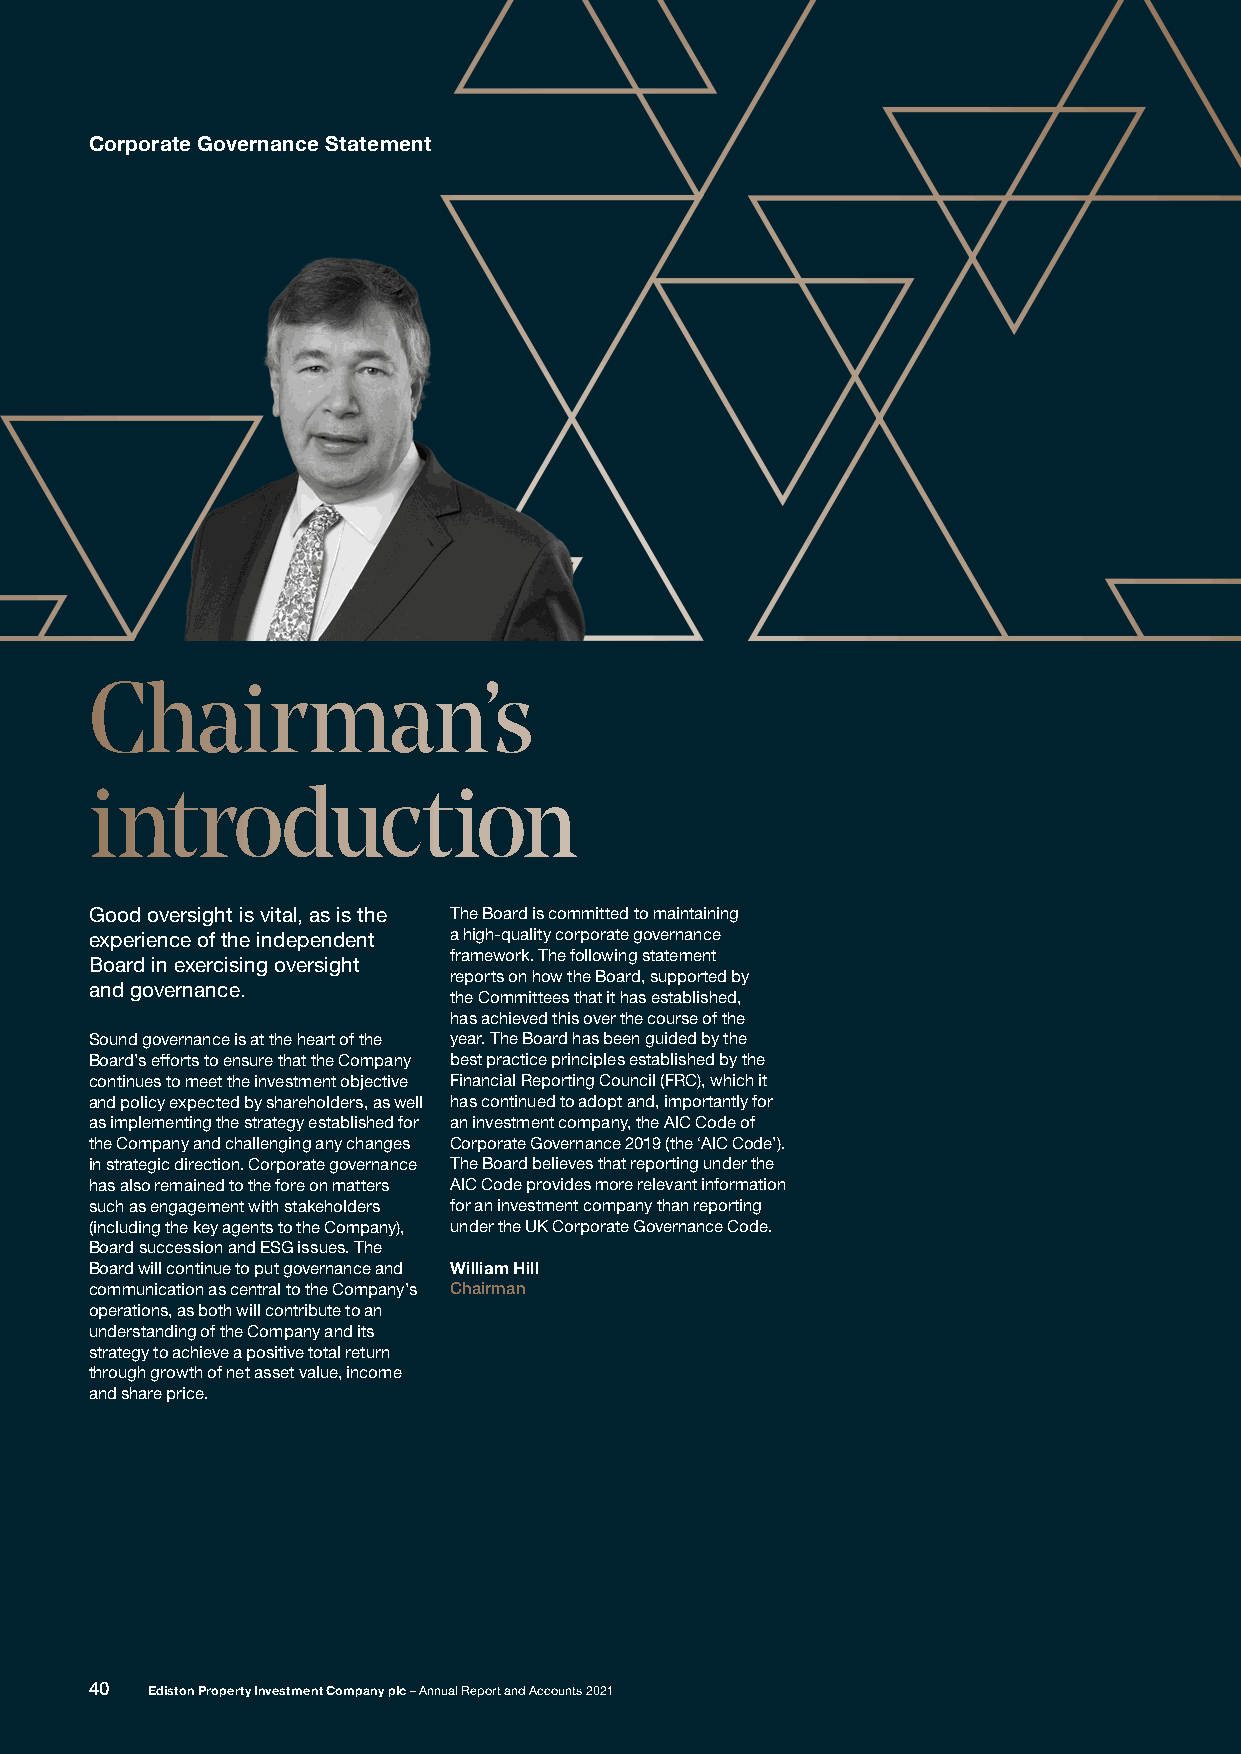
Corporate Governance Statement
 Chairman’s
 introduction
 Good oversight is vital, as is the The Board is committed to maintaining
 experience of the independent a high-quality corporate governance
 framework. The following statement
 Board in exercising oversight
 reports on how the Board, supported by
 and governance.
 the Committees that it has established,
 has achieved this over the course of the
 Sound governance is at the heart of the year. The Board has been guided by the
 Board’s efforts to ensure that the Company best practice principles established by the
 continues to meet the investment objective Financial Reporting Council (FRC), which it
 and policy expected by shareholders, as well has continued to adopt and, importantly for
 as implementing the strategy established for an investment company, the AIC Code of
 the Company and challenging any changes Corporate Governance 2019 (the ‘AIC Code’).
 in strategic direction. Corporate governance The Board believes that reporting under the
 has also remained to the fore on matters AIC Code provides more relevant information
 such as engagement with stakeholders for an investment company than reporting
 (including the key agents to the Company), under the UK Corporate Governance Code.
 Board succession and ESG issues. The
 Board will continue to put governance and William Hill
 communication as central to the Company’s Chairman
 operations, as both will contribute to an
 understanding of the Company and its
 strategy to achieve a positive total return
 through growth of net asset value, income
 and share price.
 40  Ediston Property Investment Company plc – Annual Report and Accounts 2021